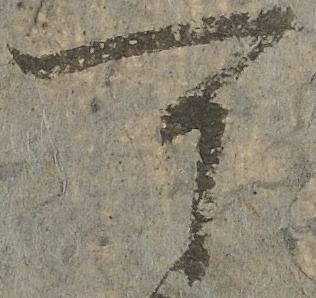
可